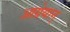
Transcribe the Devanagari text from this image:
आग्रेयान्